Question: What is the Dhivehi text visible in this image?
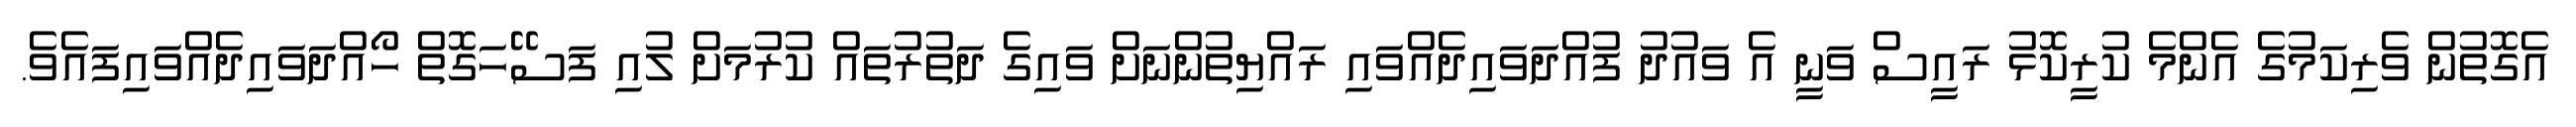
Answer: އެގޮތުން ވެރިކަމުގެ އެންމެ ކުރީކޮޅު ރައީސް ވަނީ އެ ވައުދު ފުއްދަވައިދެއްވައި ރައްޔިތުންނަށް ވައިގެ ދަތުރުތައް ކުރުމަށް ލުއި ފަސޭހަގޮތް ހޯއްދަވައިދެއްވައިފައެވެ.